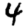
Digit: 4